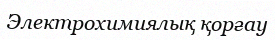
Электрохимиялық қорғау